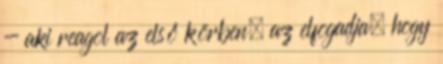
- aki reagol az első körben, az elfogadja, hogy